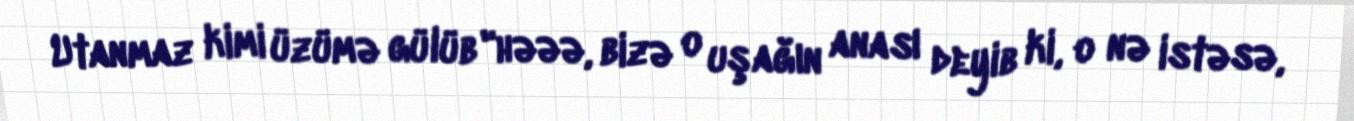
Utanmaz kimi üzümə gülüb "həəə, bizə o uşağın anası deyib ki, o nə istəsə,